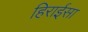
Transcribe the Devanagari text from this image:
हिराईसा